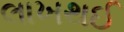
લાખથઈ